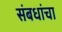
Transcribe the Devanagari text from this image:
संबधांचा